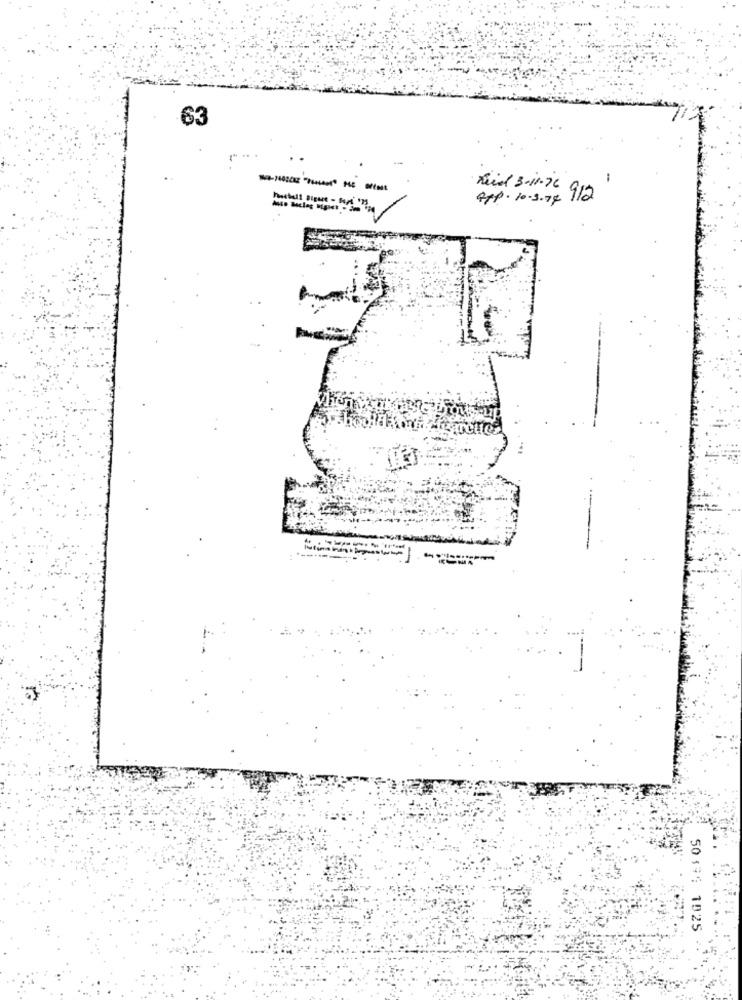
63
-
Raid 3-11-76
app. 10.3.74 912
50194 1025